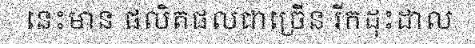
នេះមាន ផលិតផលជាច្រើន រីកដុះដាល